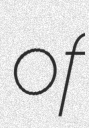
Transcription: of